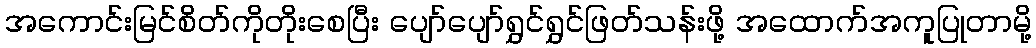
အကောင်းမြင်စိတ်ကိုတိုးစေပြီး ပျော်ပျော်ရွှင်ရွှင်ဖြတ်သန်းဖို့ အထောက်အကူပြုတာမို့